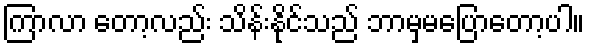
ကြာလာ တော့လည်း သိန်းနိုင်သည် ဘာမှမပြောတော့ပါ။